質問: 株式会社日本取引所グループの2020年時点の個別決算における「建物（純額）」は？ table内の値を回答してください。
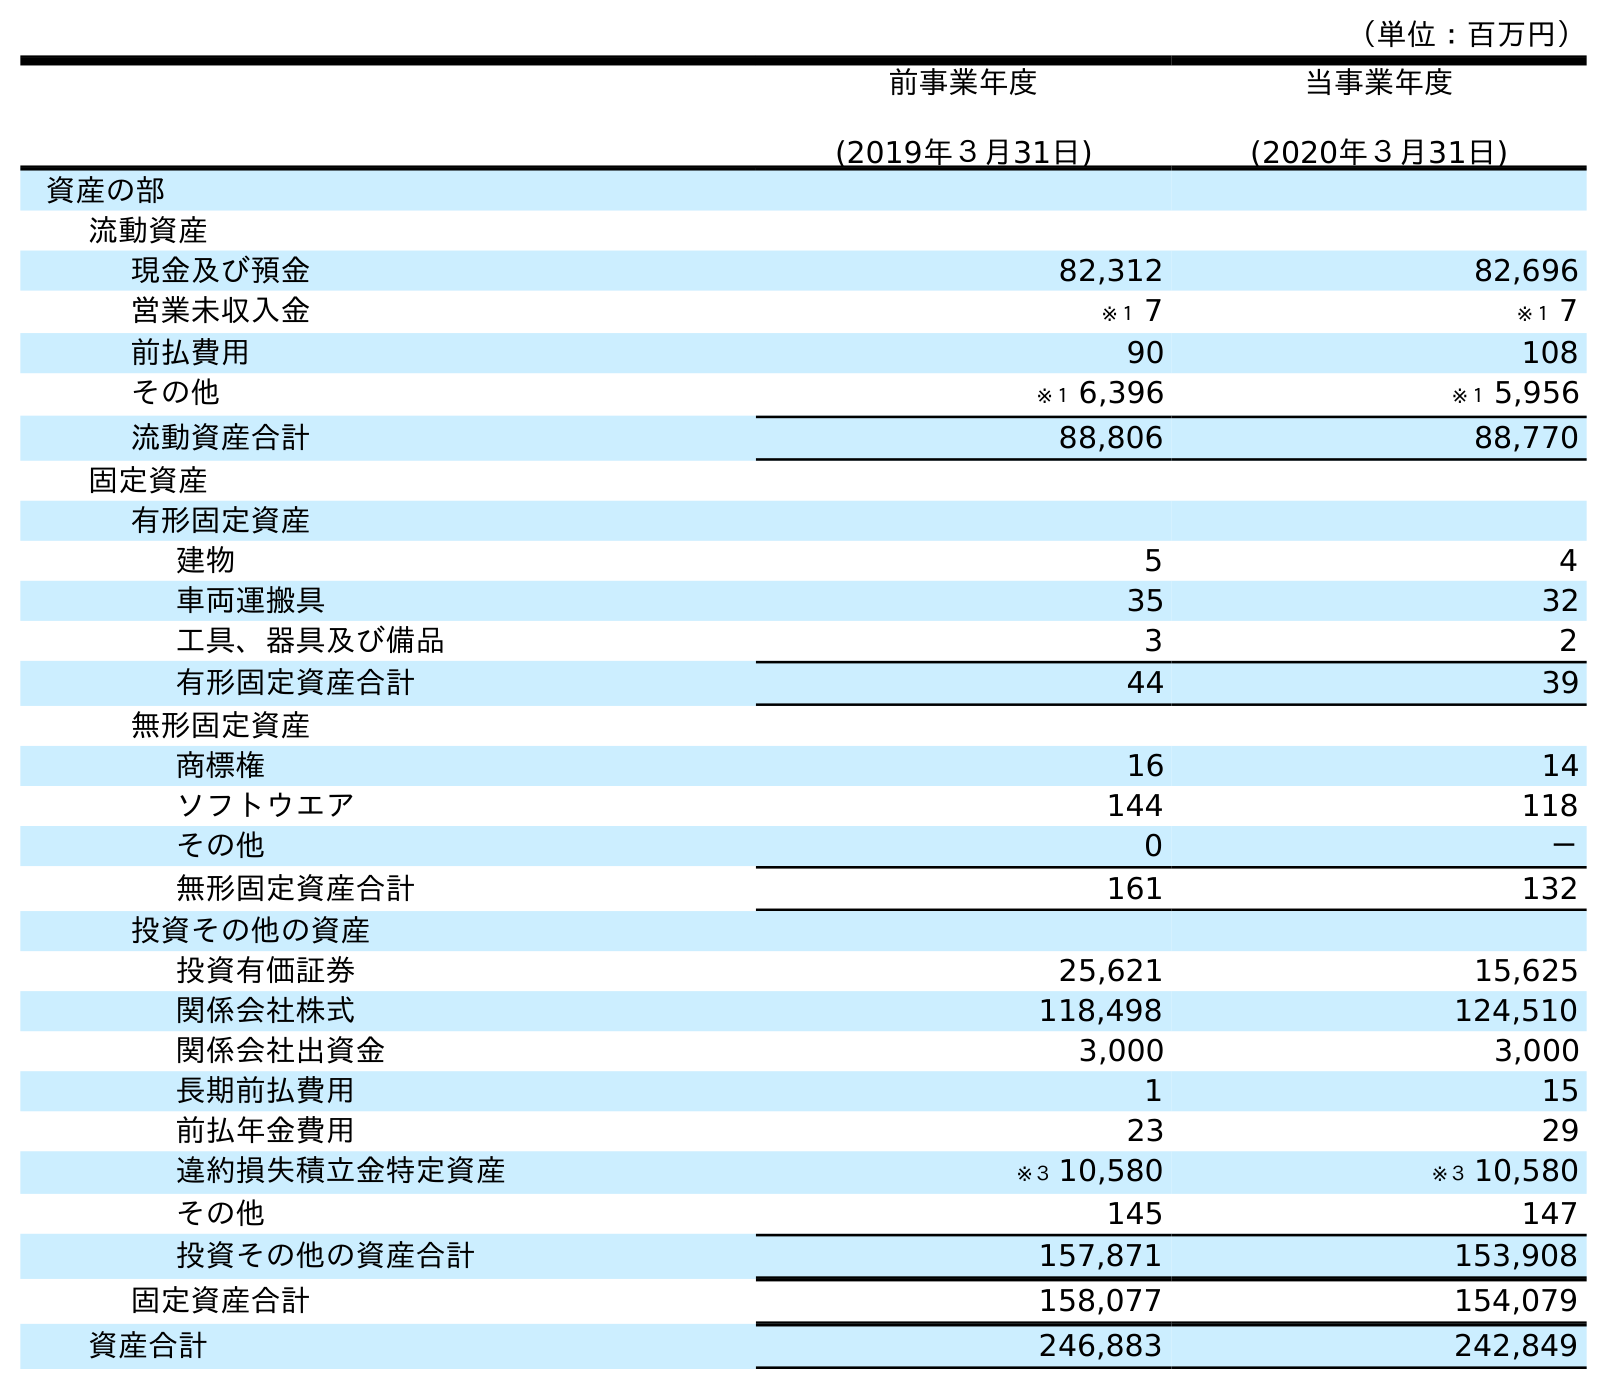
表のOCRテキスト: （単位：百万円） 前事業年度 (2019年３月31日) 当事業年度 (2020年３月31日) 資産の部 流動資産 現金及び預金 82,312 82,696 営業未収入金 ※１ 7 ※１ 7 前払費用 90 108 その他 ※１ 6,396 ※１ 5,956 流動資産合計 88,806 88,770 固定資産 有形固定資産 建物 5 4 車両運搬具 35 32 工具、器具及び備品 3 2 有形固定資産合計 44 39 無形固定資産 商標権 16 14 ソフトウエア 144 118 その他 0 － 無形固定資産合計 161 132 投資その他の資産 投資有価証券 25,621 15,625 関係会社株式 118,498 124,510 関係会社出資金 3,000 3,000 長期前払費用 1 15 前払年金費用 23 29 違約損失積立金特定資産 ※３ 10,580 ※３ 10,580 その他 145 147 投資その他の資産合計 157,871 153,908 固定資産合計 158,077 154,079 資産合計 246,883 242,849
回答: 4